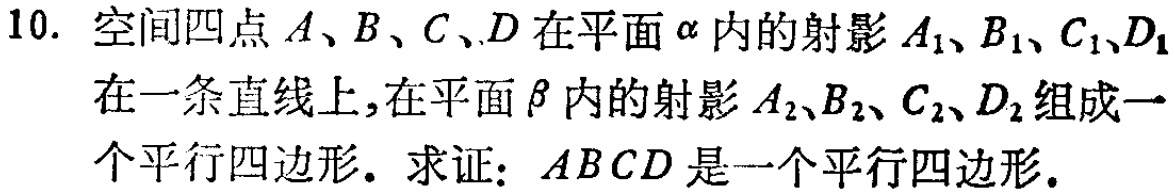
10. 空间四点\(A、B、C、D\)在平面\(\alpha\)内的射影\(A_1、B_1、C_1、D_1\)在一条直线上，在平面\(\beta\)内的射影\(A_2、B_2、C_2、D_2\)组成一个平行四边形. 求证：\(ABCD\)是一个平行四边形.